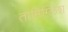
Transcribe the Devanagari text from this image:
तामिग्लिश